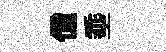
億埀